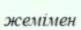
жемімен